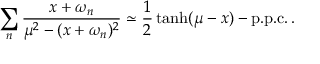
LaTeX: \sum _ { n } \frac { x + \omega _ { n } } { \mu ^ { 2 } - ( x + \omega _ { n } ) ^ { 2 } } \simeq \frac { 1 } { 2 } \operatorname { t a n h } ( \mu - x ) - \mathrm { p . p . c . } \, .